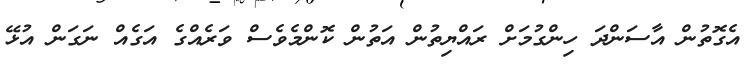
އެގޮތުން އާސަންދަ ހިންގުމަށް ރައްޔިތުން އަތުން ކޮންމެވެސް ވަރެއްގެ އަގެއް ނަގަން އުޅޭ